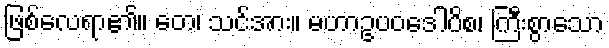
ဖြစ်လေရာ၏။ တေ၊ သင်အား။ မဟာဥပဝဒေါပိစ၊ ကြီးစွာသော